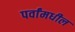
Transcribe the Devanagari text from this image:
पर्वांमधील